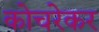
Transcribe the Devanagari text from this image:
कोचरेकर